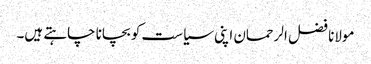
مولانا فضل الرحمان اپنی سیاست کو بچانا چاہتے ہیں۔